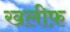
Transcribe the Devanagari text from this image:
खलीफ़